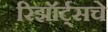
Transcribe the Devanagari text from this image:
रिझॉर्ट्‌सचे